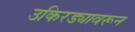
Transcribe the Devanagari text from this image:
उकिरड्यावरून